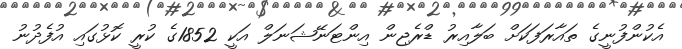
އެކުންފުނީގެ ތައާރަފަކަށް ބަލާއިރު ޑްރެޖިން އިންޓަނޭޝަނަލް އަކީ 1852ގެ ކުރީ ކޮޅުގައި އުފެދުނު